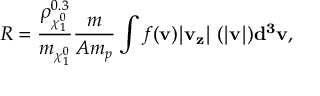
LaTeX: R = \frac { \rho _ { \chi _ { 1 } ^ { 0 } } ^ { 0 . 3 } } { m _ { \chi _ { 1 } ^ { 0 } } } \frac { m } { A m _ { p } } \int f ( \bf { v } ) | v _ { z } | \sigma ( | \bf { v } | ) d ^ { 3 } \bf { v } ,